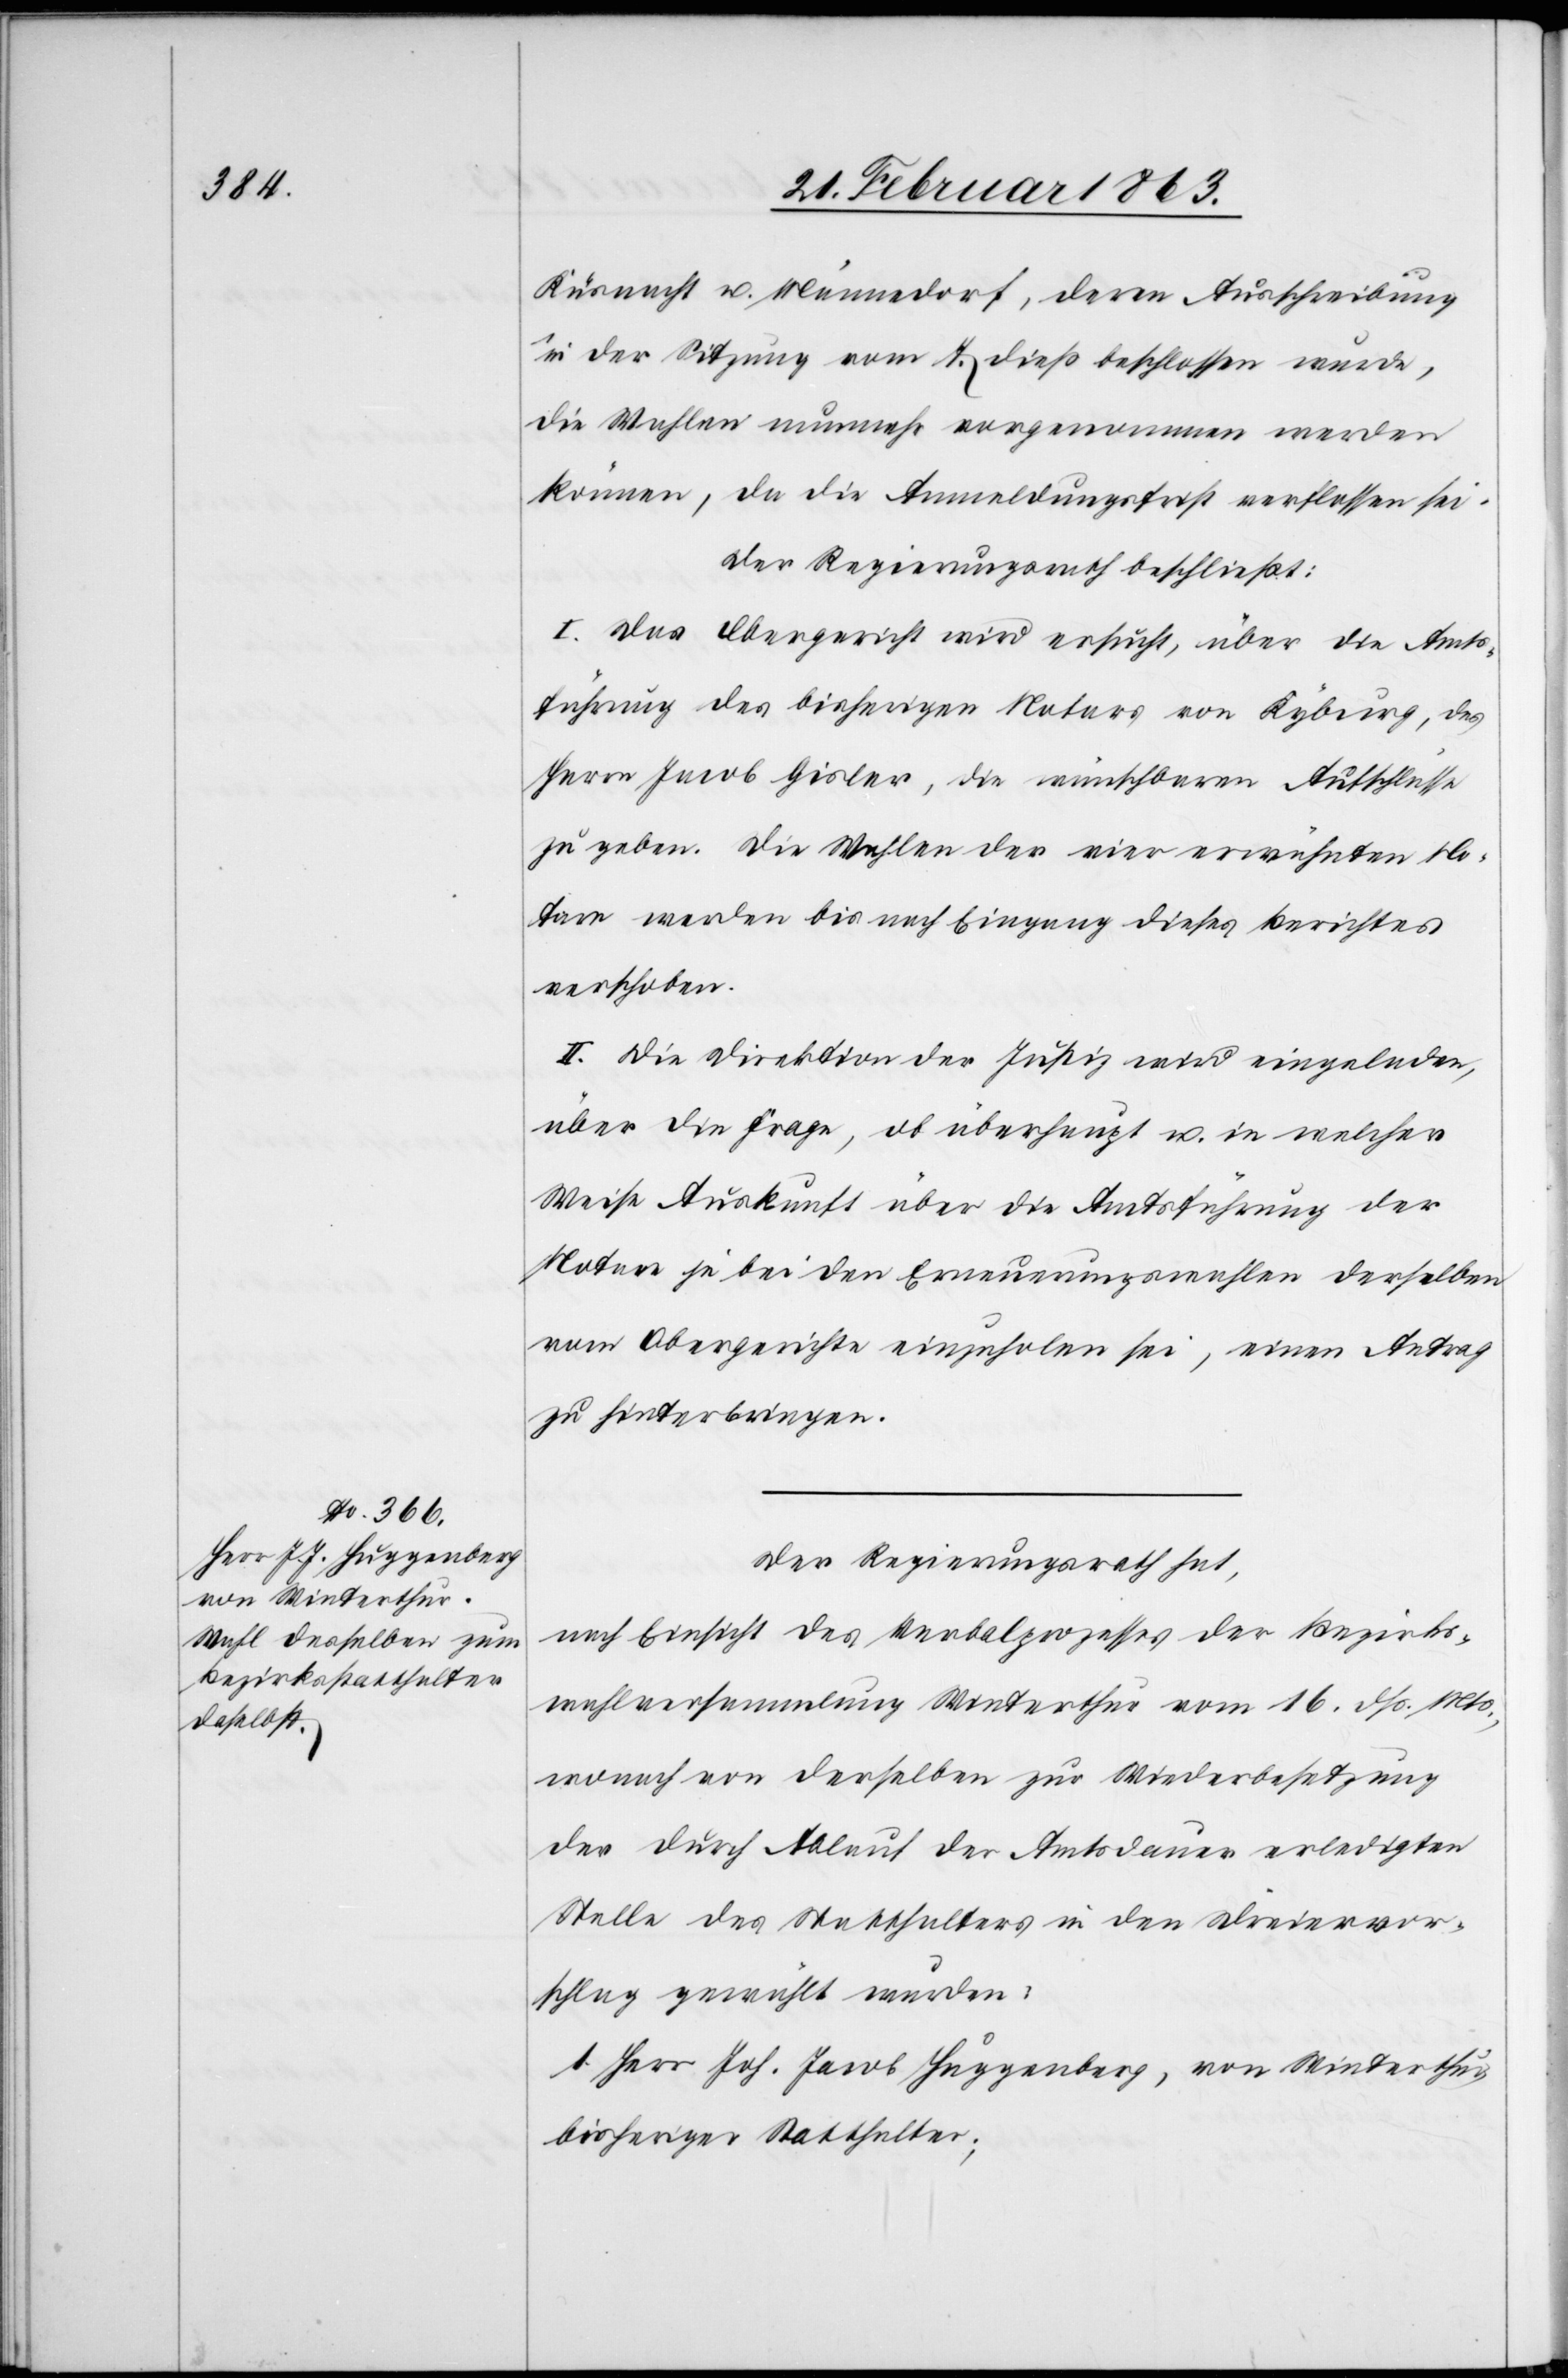
Küsnacht u. Männedorf, deren Ausschreibung
in der Sitzung vom 7. dieß beschlossen wurde,
die Wahlen nunmehr vorgenommen werden
können, da die Anmeldungsfrist verflossen sei.
Der Regierungsrath beschließt:
I. Das Obergericht wird ersucht, über die Amts¬
führung des bisherigen Notars von Kyburg, des
Herrn Jacob Gisler [sic!], die wünschbaren Aufschlüsse
zu geben. Die Wahlen der vier erwähnten No¬
tare werden bis nach Eingang dieses Berichtes
verschoben.
II. Die Direktion der Justiz wird eingeladen,
über die Frage, ob überhaupt u. in welcher
Weise Auskunft über die Amtsführung der
Notare je bei den Erneuerungswahlen derselben
vom Obergerichte einzuholen sei, einen Antrag
zu hinterbringen.
Der Regierungsrath hat,
nach Einsicht des Verbalprozesses der Bezirks¬
wahlversammlung Winterthur vom 16. dß. Mts.,
wonach von derselben zur Wiederbesetzung
der durch Ablauf der Amtsdauer erledigten
Stelle des Statthalters in den Dreiervor¬
schlag gewählt wurden:
1. Herr Joh. Jacob Huggenberg, von Winterthur,
bisheriger Statthalter;